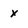
Character: x